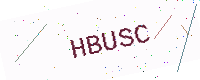
Text: HBUSC